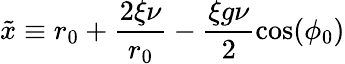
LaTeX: \tilde{x}\equiv r_{0}+\frac{2\xi\nu}{r_{0}}-\frac{\xi g\nu}{2}\cos(\phi_{0})